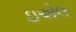
ઇએલ